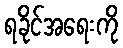
ရခိုင်အရေးကို